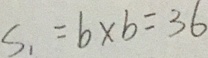
S _ { 1 } = b \times b = 3 6